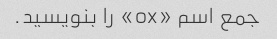
جمع اسم «ox» را بنویسید.